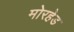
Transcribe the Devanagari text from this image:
मोरहेड